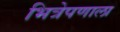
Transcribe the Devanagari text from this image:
भित्रेपणाला